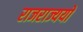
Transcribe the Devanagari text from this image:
राजराज्ययो